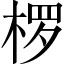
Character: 椤